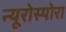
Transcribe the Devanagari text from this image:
न्यूरोस्पोरा